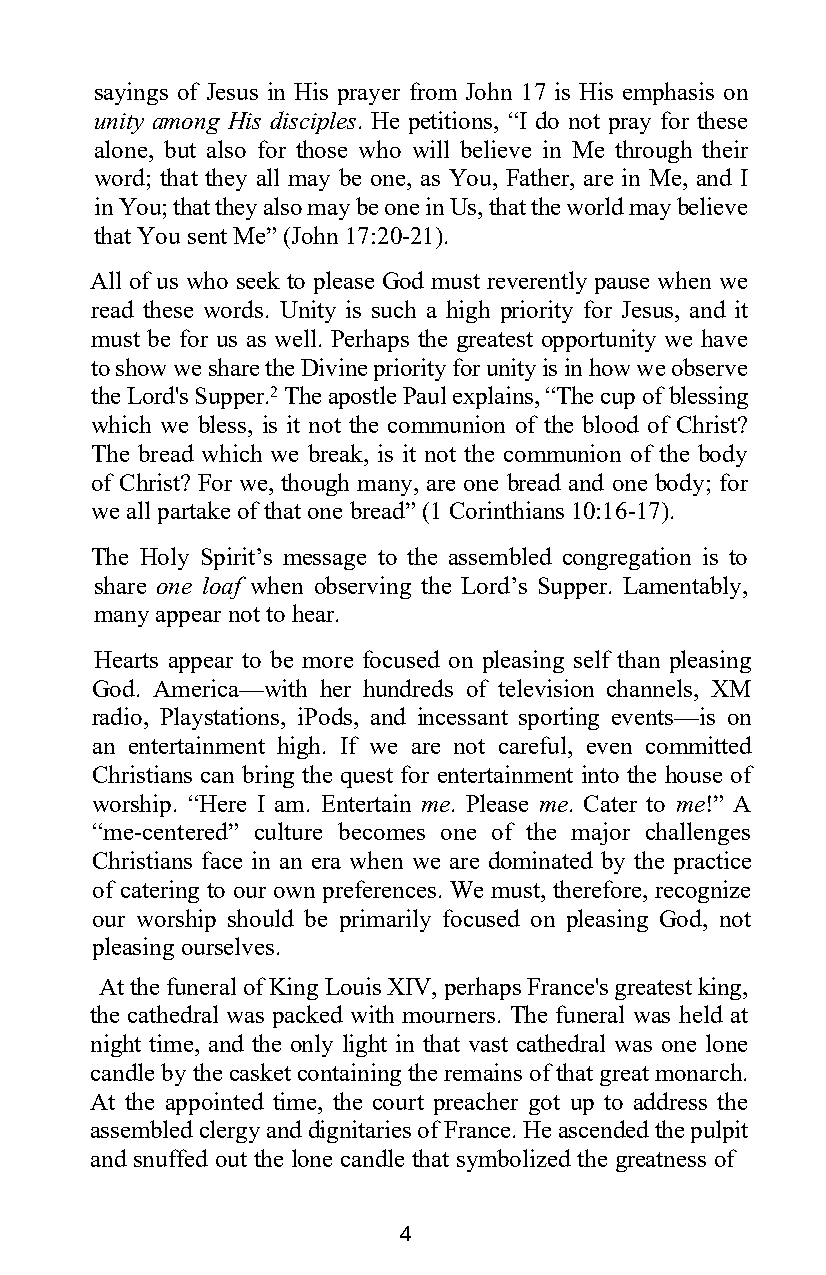
sayings of Jesus in His prayer from John 17 is His emphasis on
 unity among His disciples. He petitions, “I do not pray for these
 alone, but also for those who will believe in Me through their
 word; that they all may be one, as You, Father, are in Me, and I
 in You; that they also may be one in Us, that the world may believe
 that You sent Me” (John 17:20-21).
 All of us who seek to please God must reverently pause when we
 read these words. Unity is such a high priority for Jesus, and it
 must be for us as well. Perhaps the greatest opportunity we have
 to show we share the Divine priority for unity is in how we observe
 the Lord's Supper.2 The apostle Paul explains, “The cup of blessing
 which we bless, is it not the communion of the blood of Christ?
 The bread which we break, is it not the communion of the body
 of Christ? For we, though many, are one bread and one body; for
 we all partake of that one bread” (1 Corinthians 10:16-17).
 The Holy Spirit’s message to the assembled congregation is to
 share one loaf when observing the Lord’s Supper. Lamentably,
 many appear not to hear.
 Hearts appear to be more focused on pleasing self than pleasing
 God. America—with her hundreds of television channels, XM
 radio, Playstations, iPods, and incessant sporting events—is on
 an entertainment high. If we are not careful, even committed
 Christians can bring the quest for entertainment into the house of
 worship. “Here I am. Entertain me. Please me. Cater to me!” A
 “me-centered” culture becomes one of the major challenges
 Christians face in an era when we are dominated by the practice
 of catering to our own preferences. We must, therefore, recognize
 our worship should be primarily focused on pleasing God, not
 pleasing ourselves.
 At the funeral of King Louis XIV, perhaps France's greatest king,
 the cathedral was packed with mourners. The funeral was held at
 night time, and the only light in that vast cathedral was one lone
 candle by the casket containing the remains of that great monarch.
 At the appointed time, the court preacher got up to address the
 assembled clergy and dignitaries of France. He ascended the pulpit
 and snuffed out the lone candle that symbolized the greatness of
 4